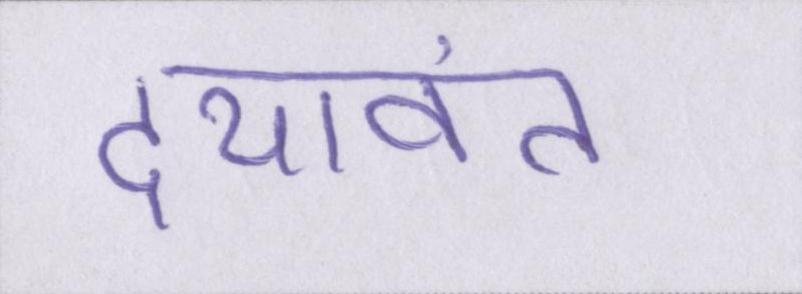
दयावंत